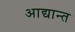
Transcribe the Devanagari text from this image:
आद्यान्त